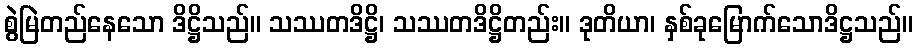
စွဲမြဲတည်နေသော ဒိဋ္ဌိသည်။ သဿတဒိဋ္ဌိ၊ သဿတဒိဋ္ဌိတည်း။ ဒုတိယာ၊ နှစ်ခုမြောက်သောဒိဋ္ဌသည်။